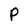
Character: P